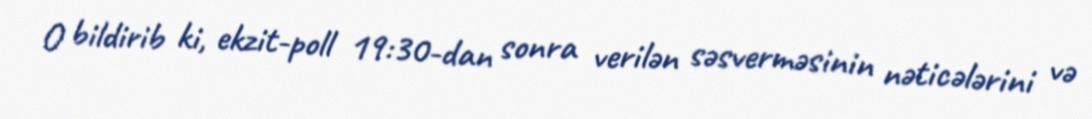
O bildirib ki, ekzit-poll 19:30-dan sonra verilən səsverməsinin nəticələrini və